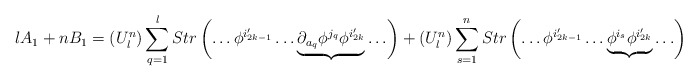
\begin{align*}lA_1+nB_1=(U^n_l)\sum_{q=1}^{l} Str\left(\ldots \phi^{i_{2k-1}'}\ldots \underbrace{\partial_{a_q}\phi^{j_q}\phi^{i_{2k}'}}\ldots \right)+(U^n_l)\sum_{s=1}^{n} Str\left(\ldots \phi^{i_{2k-1}'}\ldots \underbrace{\phi^{i_s}\phi^{i_{2k}'}}\ldots \right)\end{align*}